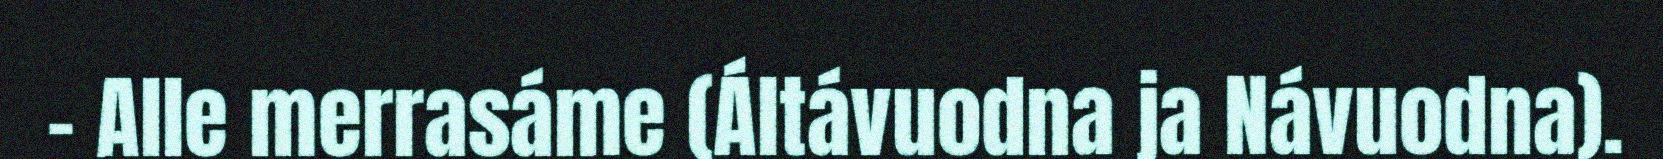
- Alle merrasáme (Áltávuodna ja Návuodna).